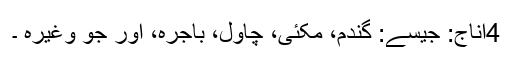
4اناج: جیسے: گندم، مکئی، چاول، باجرہ، اور جو وغیرہ ۔